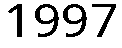
1997